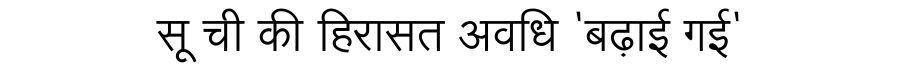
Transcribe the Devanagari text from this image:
सू ची की हिरासत अवधि 'बढ़ाई गई'